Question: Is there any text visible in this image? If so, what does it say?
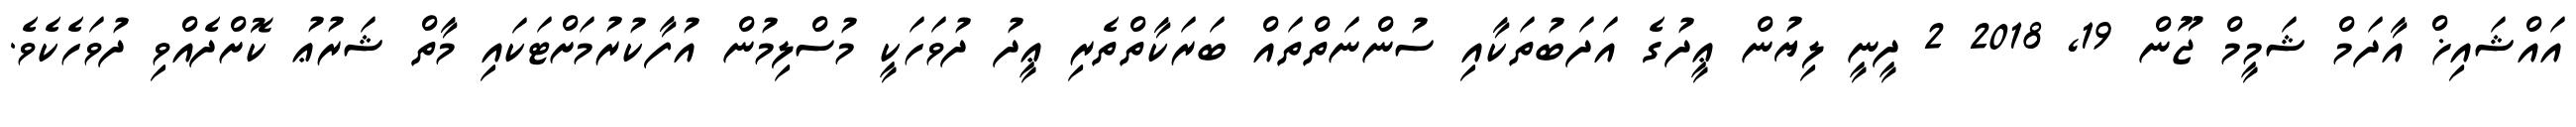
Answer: އައްޝައިޚް އާދަމް ޝަމީމް ޖޫން 19, 2018 2 ދީނީ ލިޔުން ޢީދުގެ އަދަބުތަކާއި ސުންނަތްތައް ބަރަކާތްތެރި ޢީދު ދުވަހަކީ މުސްލިމުން އުފާކުރުމަށްޓަކައި މާތް ޝަރުޢު ކޮށްދެއްވި ދުވަހެކެވެ.